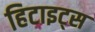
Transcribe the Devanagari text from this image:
हिटाइट्स